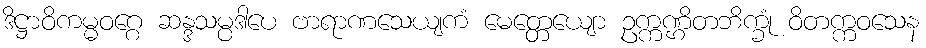
ဒိဋ္ဌာဝိကမ္မဝဂ္ဂေ ဆန္ဒသမ္ပဒါပေ ဗာရာဏသေယျကံ မေတ္တေယျော ဥက္ကဏ္ဌိတဘိက္ခုံ ဝိတက္ကဝသေန